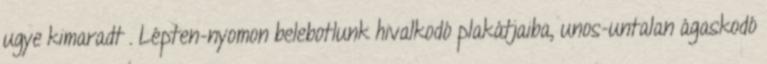
ugye kimaradt . Lépten-nyomon belebotlunk hivalkodó plakátjaiba, unos-untalan ágaskodó